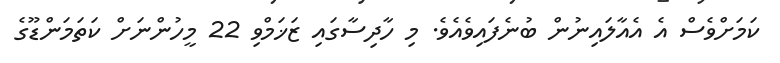
ކަމަށްވެސް އެ އެއާލައިނުން ބުނެފައިވެއެވެ. މި ހާދިސާގައި ޒަޚަމްވި 22 މީހުންނަށް ކަތަމަންޑޫގެ